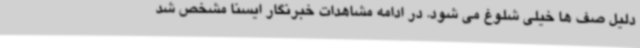
دلیل صف ها خیلی شلوغ می شود. در ادامه مشاهدات خبرنگار ایسنا مشخص شد